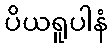
ပိယရူပါနံ